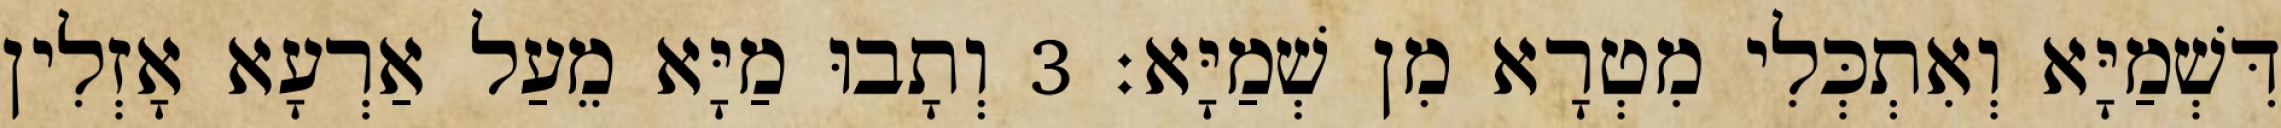
דִּשְׁמַיָּא וְאִתְכְּלִי מִטְרָא מִן שְׁמַיָּא׃ 3 וְתָבוּ מַיָּא מֵעַל אַרְעָא אָזְלִין